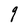
Character: q